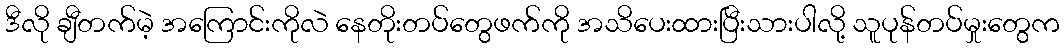
ဒီလို ချီတက်မဲ့ အကြောင်းကိုလဲ နေတိုးတပ်တွေဖက်ကို အသိပေးထားပြီးသားပါလို့ သူပုန်တပ်မှုးတွေက